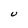
Character: U